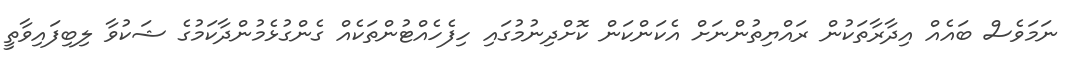
ނަމަވެސް ބައެއް އިދާރާތަކުން ރައްޔިތުންނަށް އެކަންކަން ކޮށްދިނުމުގައި ހިފެހެއްޓުންތަކެއް ގެންގުޅެމުންދާކަމުގެ ޝަކުވާ ލިބިފައިވާތީ